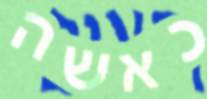
כאשה